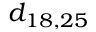
d _ { 1 8 , 2 5 }